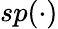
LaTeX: sp(\cdot)